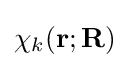
\chi _{k}(\mathbf {r} ;\mathbf {R} )